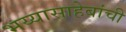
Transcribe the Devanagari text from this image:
भय्यासाहेबांची